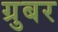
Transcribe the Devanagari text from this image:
ग्रुबर